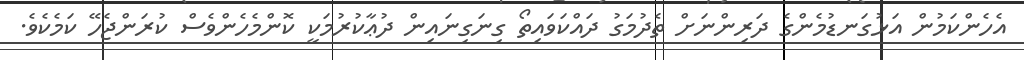
އެހެންކަމުން އަޅުގަނޑުމެންގެ ދަރިންނަށް ތެދުމަގު ދައްކަވައިތޯ ގިނަގިނައިން ދުޢާކުރުމަކީ ކޮންމެހެންވެސް ކުރަންޖެހޭ ކަމެކެވެ.